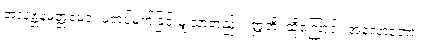
အလုဗ္ဘနမတ္တမေဝ၊ မတပ်မက်ခြင်းမျှသာတည်း။ ဣတိ၊ ထို့ကြောင့်။ အလောဘော၊